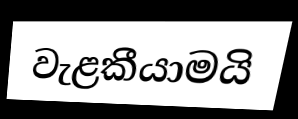
වැළකීයාමයි